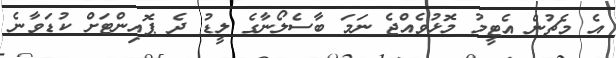
އެ މެޗުން އެޓީމު މޮޅުވެއްޖެ ނަމަ ބާސެލޯނާގެ ލީޑު ދެ ޕޮއިންޓަށް ކުޑަވާނެ